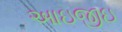
આઇજીઇ